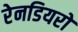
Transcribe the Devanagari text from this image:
रेनडियरों